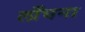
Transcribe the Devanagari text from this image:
लाँघना